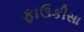
ફાઉકીસા